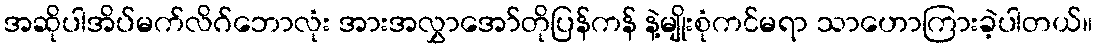
အဆိုပါအိပ်မက်လိဂ်ဘောလုံး အားအလွှာအော်တိုပြန်ကန် နဲ့မျိုးစုံကင်မရာ သာဟောကြားခဲ့ပါတယ်။